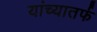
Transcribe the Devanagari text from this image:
यांच्यातर्फ